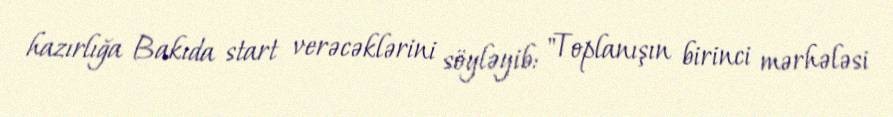
hazırlığa Bakıda start verəcəklərini söyləyib: "Toplanışın birinci mərhələsi